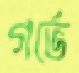
গর্ভে